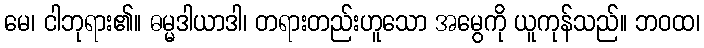
မေ၊ ငါဘုရား၏။ ဓမ္မဒါယာဒါ၊ တရားတည်းဟူသော အမွေကို ယူကုန်သည်။ ဘဝထ၊